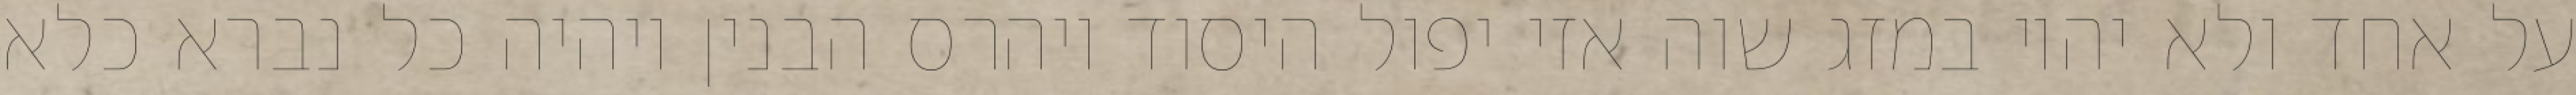
על אחד ולא יהיו במזג שוה אזי יפול היסוד ויהרס הבנין ויהיה כל נברא כלא